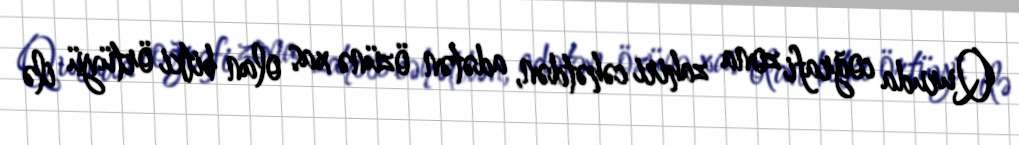
Quruda coğrafi zona zahiri cəhətdən, adətən özünə xas olan bitki örtüyü ilə